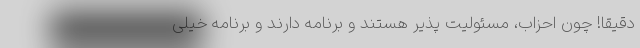
دقیقا! چون احزاب، مسئولیت پذیر هستند و برنامه دارند و برنامه خیلی